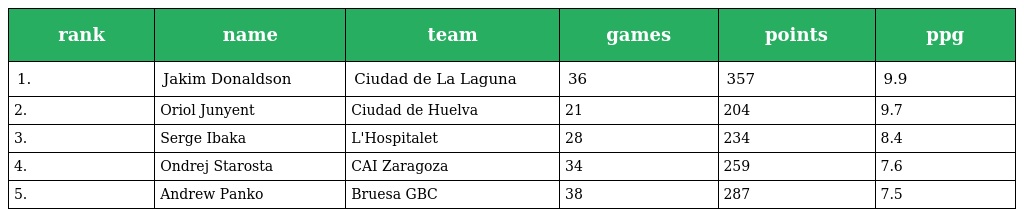
| rank | name | team | games | points | ppg |
 | --- | --- | --- | --- | --- | --- |
 | 1. | Jakim Donaldson | Ciudad de La Laguna | 36 | 357 | 9.9 |
 | 2. | Oriol Junyent | Ciudad de Huelva | 21 | 204 | 9.7 |
 | 3. | Serge Ibaka | L'Hospitalet | 28 | 234 | 8.4 |
 | 4. | Ondrej Starosta | CAI Zaragoza | 34 | 259 | 7.6 |
 | 5. | Andrew Panko | Bruesa GBC | 38 | 287 | 7.5 |